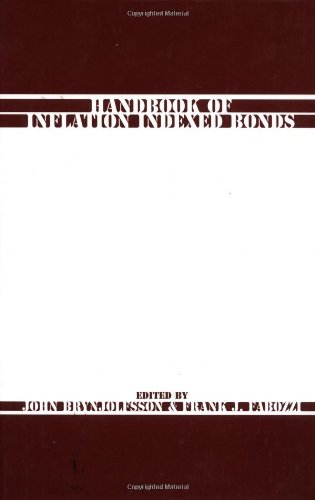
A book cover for Handbook of Inflation Indexed Bonds; Business & Money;